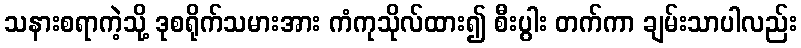
သနားစရာကဲ့သို့ ဒုစရိုက်သမားအား ကံကုသိုလ်ထား၍ စီးပွါး တက်ကာ ချမ်းသာပါလည်း